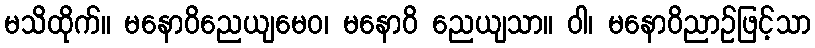
မသိထိုက်။ မနောဝိညေယျမေဝ၊ မနောဝိ ညေယျသာ။ ဝါ၊ မနောဝိညာဉ်ဖြင့်သာ